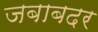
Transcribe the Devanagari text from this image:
जबाबदर